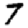
Digit: 7